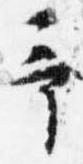
予